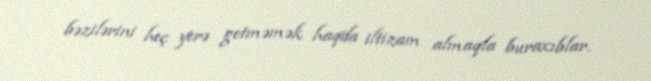
bəzilərini heç yerə getməmək haqda iltizam almaqla buraxıblar.